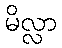
မိလ္လာ